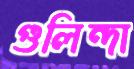
গুলিন্দা